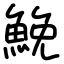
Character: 鮸